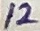
Text: 12